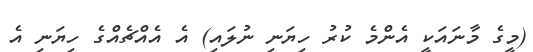
(މީގެ މާނައަކީ އެންމެ ކުރު ހިޔަނި ނުލައި) އެ އެއްޗެއްގެ ހިޔަނި އެ